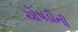
ચોપડીની